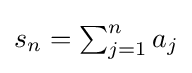
{\textstyle s_{n}=\sum _{j=1}^{n}a_{j}}